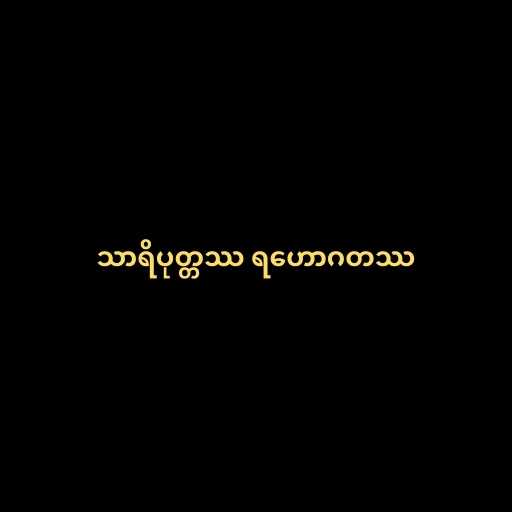
သာရိပုတ္တဿ ရဟောဂတဿ